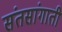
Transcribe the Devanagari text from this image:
संतसांगाती